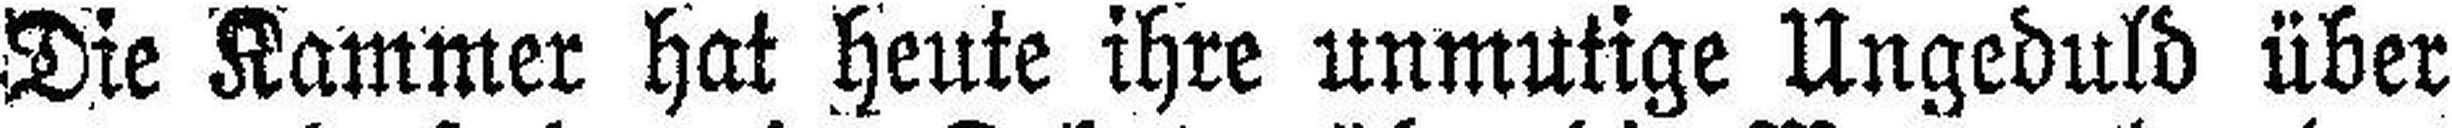
Die Kammer hat heute ihre unmutige Ungeduld über